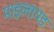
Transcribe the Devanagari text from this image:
माइलायड